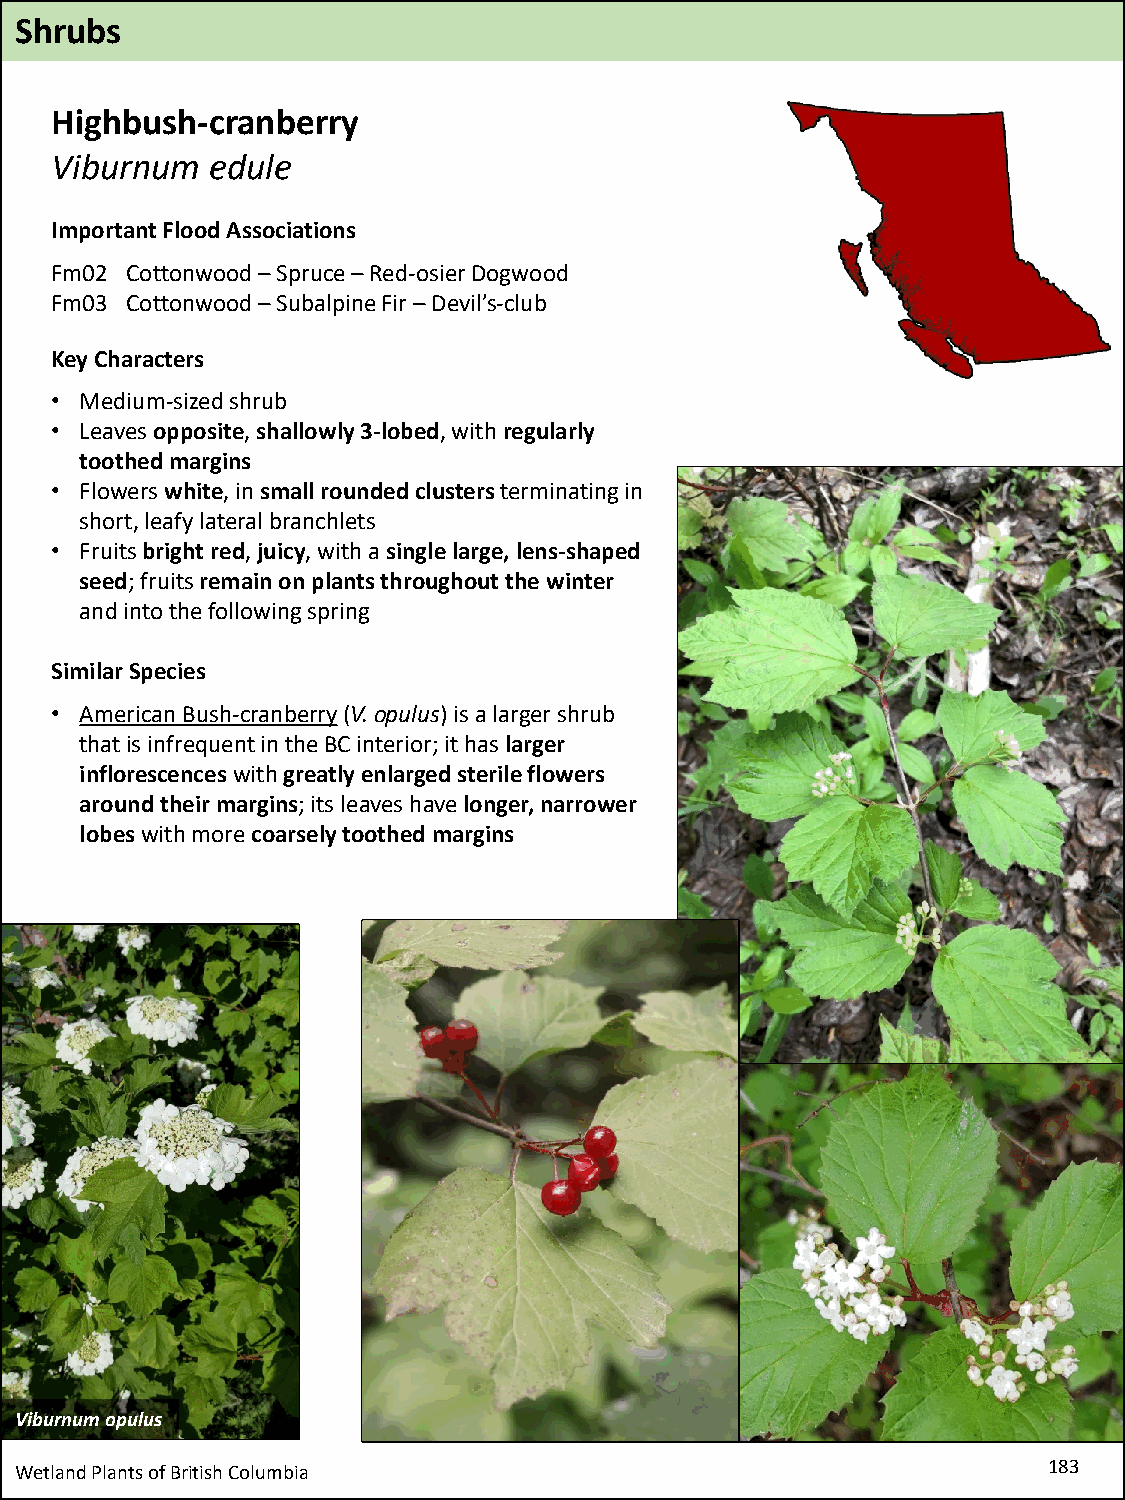
Shrubs
 Highbush-cranberry
 Viburnum   edule
 Important Flood Associations
 Fm02 Cottonwood –Spruce –Red-osier Dogwood
 Fm03 Cottonwood –Subalpine Fir –Devil’s-club
 Key Characters
 • Medium-sized shrub
 • Leaves opposite, shallowly 3-lobed, with regularly
 toothed margins
 • Flowers white, in small rounded clusters terminating in
 short, leafy lateral branchlets
 • Fruits bright red, juicy, with a single large, lens-shaped
 seed; fruits remain on plants throughout the winter
 and into the following spring
 Similar Species
 • American Bush-cranberry(V. opulus) is a larger shrub
 that is infrequent in the BC interior; it has larger
 inflorescences with greatly enlarged sterile flowers
 around their margins; its leaves have longer, narrower
 lobeswith more coarsely toothed margins
 Viburnum opulus
 Wetland Plants of British Columbia                                  183